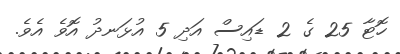
ހޮޓާ 25 ގެ 2 ޑައިސް އަދި 5 އުޅަނދު އޮވެ އެވެ.